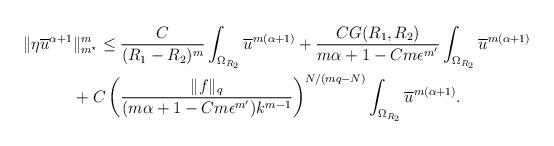
LaTeX: \begin{align*} \|\eta\overline{u}^{\alpha+1}&\|_{m^\star}^m\le \frac{C}{(R_1-R_2)^m}\int_{\Omega_{R_2}}\overline{u}^{m(\alpha+1)}+\frac{CG(R_1,R_2)}{m\alpha+1-Cm\epsilon^{m'}}\int_{\Omega_{R_2}} \overline{u}^{m(\alpha+1)} \\ & +C\left(\frac{\|f\|_q}{(m\alpha+1-Cm\epsilon^{m'})k^{m-1}}\right)^{N/(mq-N)}\int_{\Omega_{R_2}}\overline{u}^{m(\alpha+1)}.\end{align*}